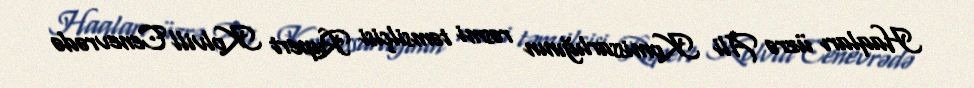
Haqları üzrə Ali Komissarlığının rəsmi təmsilçisi Rupert Kolvill Cenevrədə